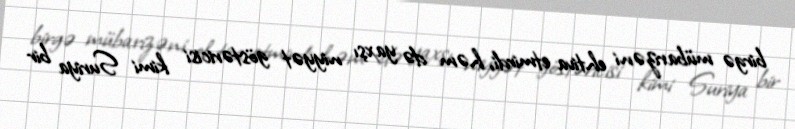
birgə mübarizəni ehtiva etmirdi, həm də yaxşı niyyət göstəricisi kimi Suriya bir